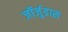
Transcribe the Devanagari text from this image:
जॉर्जुडास